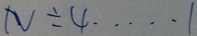
N \div 4 \cdots 1